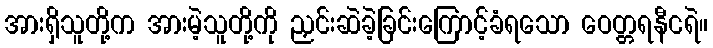
အားရှိသူတို့က အားမဲ့သူတို့ကို ညှင်းဆဲခဲ့ခြင်းကြောင့်ခံရသော ဝေတ္တရနီငရဲ။